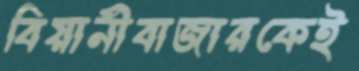
বিয়ানীবাজারকেই